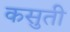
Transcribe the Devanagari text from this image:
कसुती